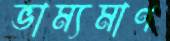
ভাম্যমাণ